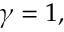
\gamma = 1 ,